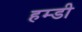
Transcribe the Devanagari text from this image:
हम्डी